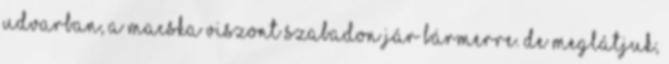
udvarban, a macska viszont szabadon jár bármerre. De meglátjuk,